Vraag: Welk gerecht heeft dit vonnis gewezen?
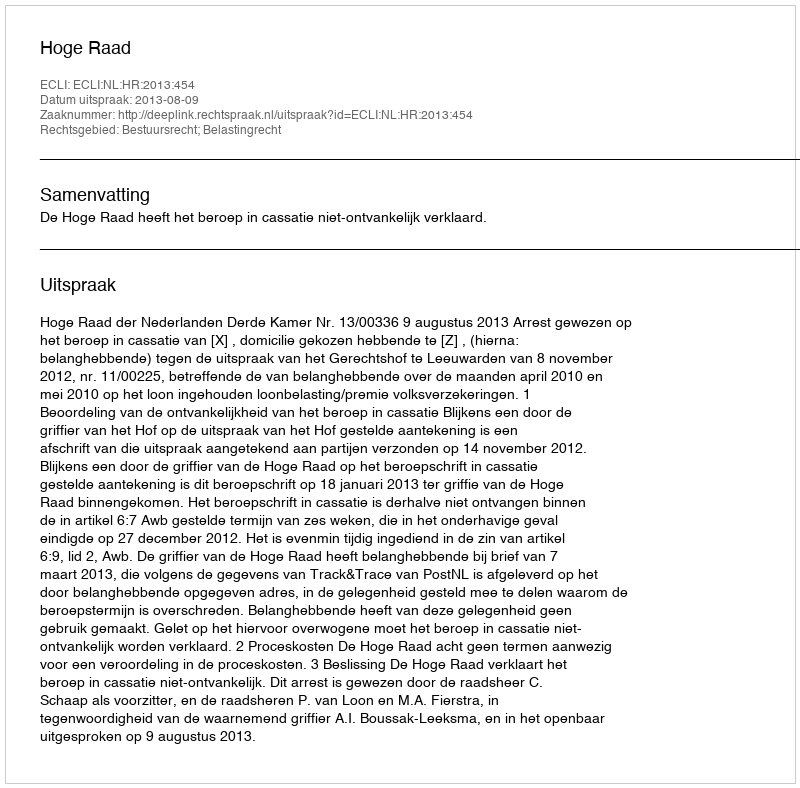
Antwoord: Hoge Raad